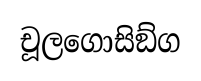
චූලගොසිඞ්ග